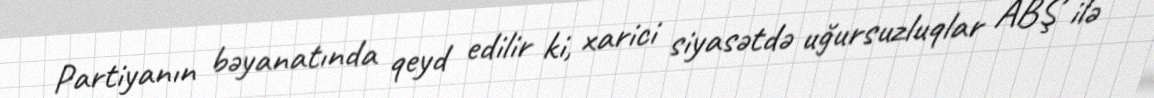
Partiyanın bəyanatında qeyd edilir ki, xarici siyasətdə uğursuzluqlar ABŞ ilə